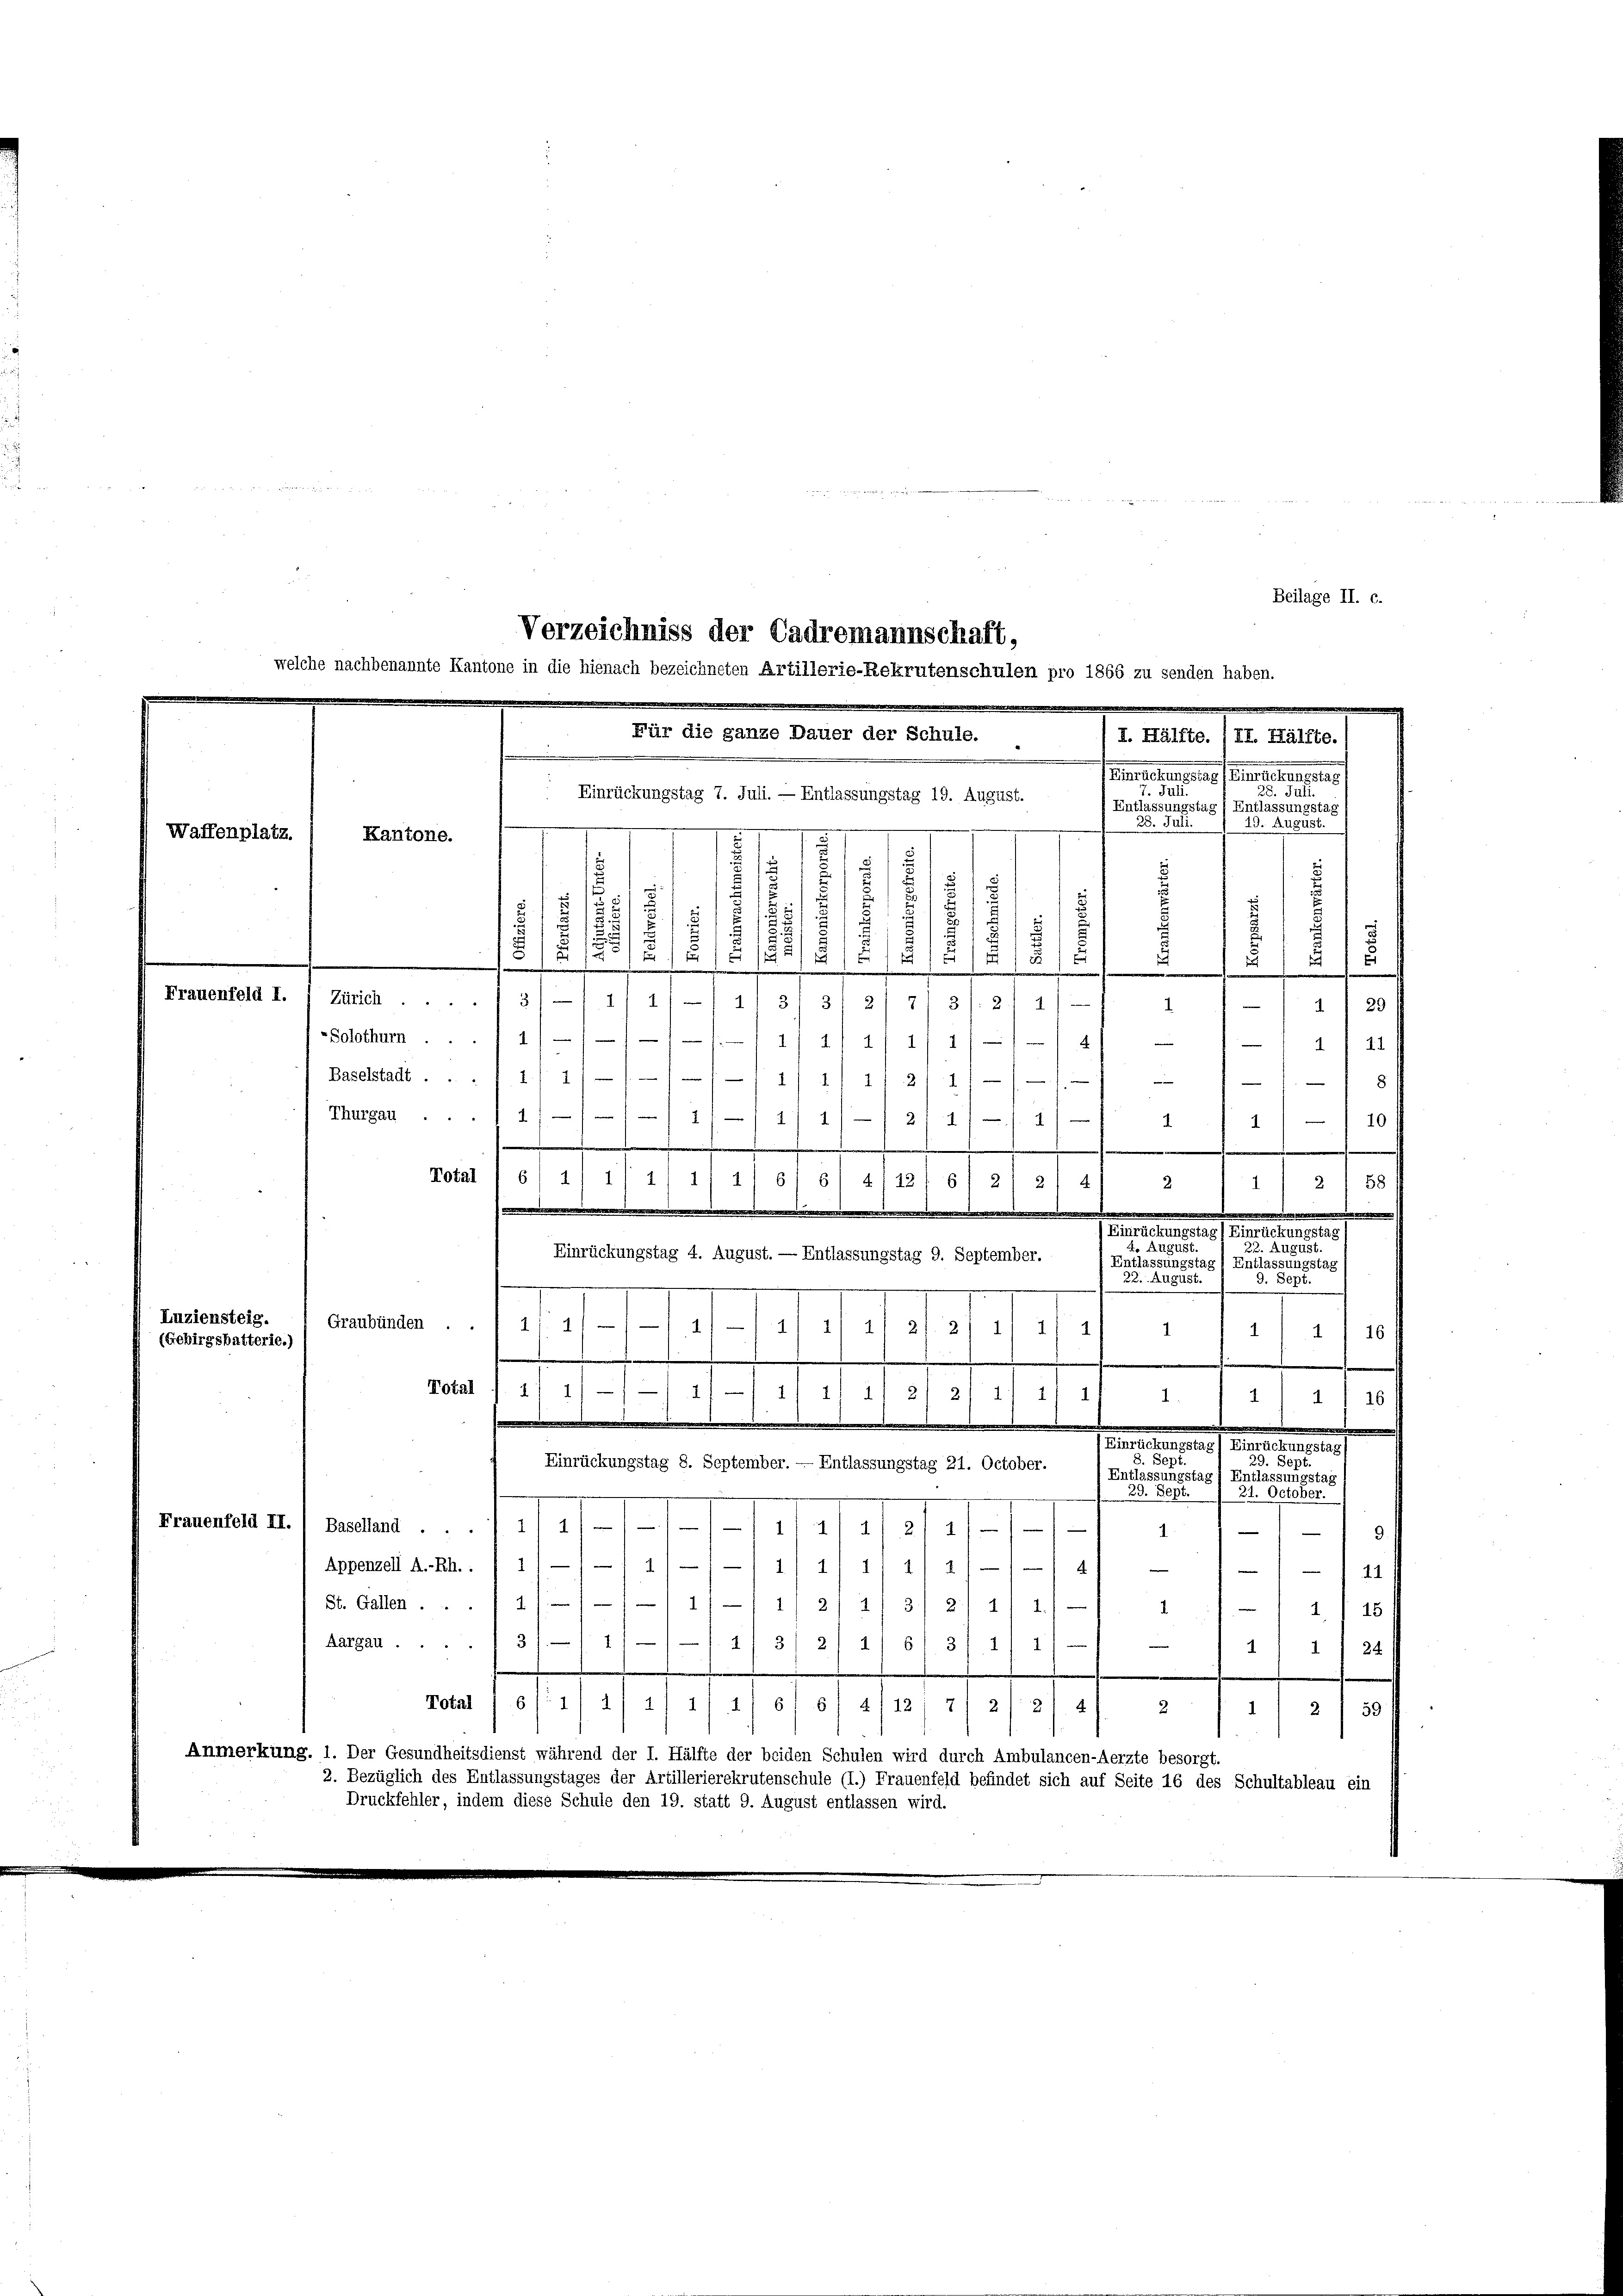
Waffenplatz.

2
5

s
.
1
x
.
.
u
.
15
/21
5
.
25
.
.
.
Frauenfeld I. 1 Zürich
5/11 1/
2
3
7
3): 2) 1
.
1
29
-Solothurn .... 11/
.
111/1/ 41
a
—
Baselstadt . . . 1 1/ 1/1
/11 11 21. 21. 111 7 - 8
Thurgau ... 1/
11/12 47 f. 4
10
4)
e
A
m
Total (6/ 1) 111 1
.
6
1
12
6
8) 2) 2) 4)
2 / 58
1
.
e
neben eines er erlassen
4. August.
22. August.
Einrückungstag 4. August. — Entlassungstag 9. September.
Entlassungstag 1 Entlassungstag)
22. August.
3. 576.
Luziensteig.
Graubünden ..
1/. 11
1
4/11 1
2/. 2) 11 1
1
1
1/16
1
(Gebirgsbatterie.)
f
Total f. 2) 1) — / —11
21 21 21 21
2/4/ 1/ 1
4.
i 11 f 16 f
Semesteuerung der einen
. 500
29. Sept.
Einrückungstag 8. September. — Entlassungstag 21. October.
Entlassungstag) Entlassungstag
29. Sept.
31. October.
Remonten II 1 Seemand . . 11/IIIIIII/17
4
e
9.
Appenzell A.-Rh.: / 11—/ —11/ —/-11/11 1/ 1/ 1
4
14
112/ 1
St. Gallen ... 1
3 24) 1.
1
15
1
11
Aargau ... 3
4/ 3/ 2
6/3 11 4
1
111 4
24/
Total 16 f 1 1/2/ 1/4 6/ 5/4/12; 7/ 2/214
2
2 1 59
1
Anmerkung. 1. Der Gesundheitsdienst während der I. Hälfte der beiden Schulen wird durch Ambulancen-Aerzte besorgt.
2. Bezüglich des Entlassungstages der Artillerierekrutenschule (I.) Frauenfeld befindet sich auf Seite 16 des Schultableau ein
Druckfehler, indem diese Schule den 19. statt 9. August entlassen wird.

Für die ganze Dauer der Schule.
I. Hälfte. III. Hälfte.)
wenden
ulen seines Berechen eines f
7. Juli.
28. Juli
Einrückungstag 7. Juli. — Entlassungstag 19. August.
Entlassungstag / Entlassungstag
28. Juli.
—
19. August.
.
s
Kantone.
¬

Beilage II. c.
Verzeichniss der Cadremannschaft,
welche nachbenannte Kantone in die hienach bezeichneten Artillerie-Rekrutenschulen pro 1866 zu senden haben.

.